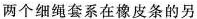
两个细绳套系在橡皮条的另